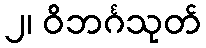
၂၊ ဝိဘင်္ဂသုတ်